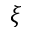
\xi